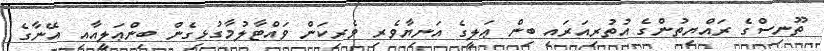
ތޫނިސްގެ ރައްޔިތުންގެ އުތުރިއަރައި ބިން ޢަލީގެ އަނިޔާވެރި ވެރިކަން ވައްޓާލުމާގުޅިގެން ބިންޢަލީއާއި އޭނާގެ